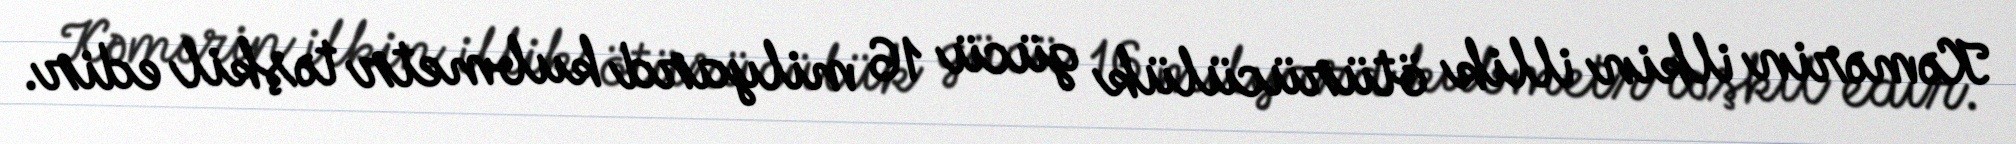
Kəmərin ilkin illik ötürücülük gücü 16 milyard kubmetr təşkil edir.